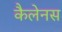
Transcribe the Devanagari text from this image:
कैलेनस